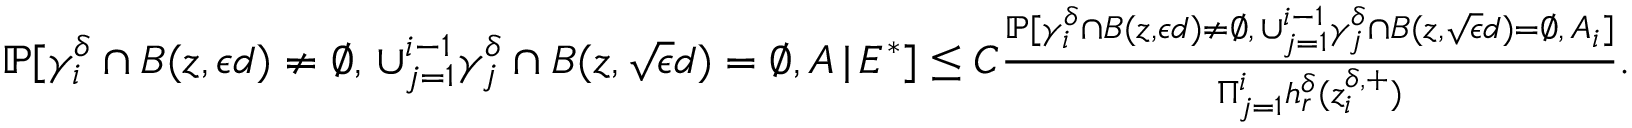
\begin{array} { r l } & { \mathbb { P } [ \gamma _ { i } ^ { \delta } \cap B ( z , \epsilon d ) \neq \emptyset , \, \cup _ { j = 1 } ^ { i - 1 } \gamma _ { j } ^ { \delta } \cap B ( z , \sqrt \epsilon d ) = \emptyset , A \, | \, E ^ { * } ] \le C \frac { \mathbb { P } [ \gamma _ { i } ^ { \delta } \cap B ( z , \epsilon d ) \neq \emptyset , \, \cup _ { j = 1 } ^ { i - 1 } \gamma _ { j } ^ { \delta } \cap B ( z , \sqrt \epsilon d ) = \emptyset , \, A _ { i } ] } { \Pi _ { j = 1 } ^ { i } h _ { r } ^ { \delta } ( z _ { i } ^ { \delta , + } ) } . } \end{array}